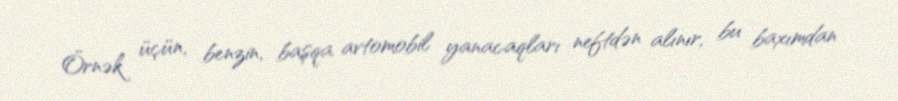
Örnək üçün, benzin, başqa avtomobil yanacaqları neftdən alınır, bu baxımdan